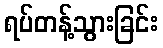
ရပ်တန့်သွားခြင်း